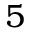
5